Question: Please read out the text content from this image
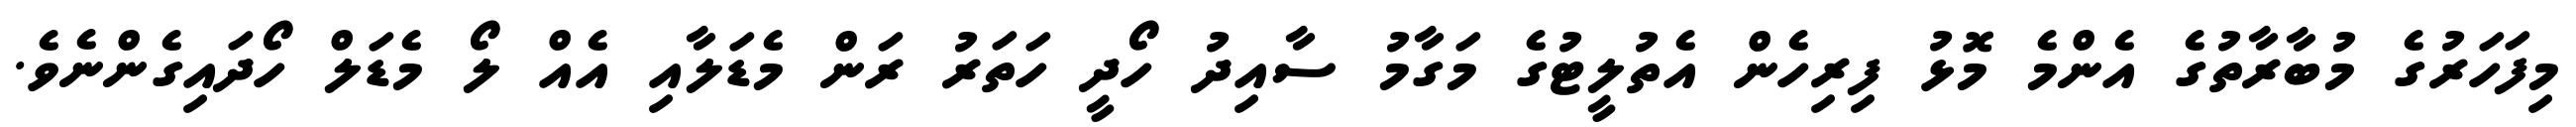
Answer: މިފަހަރުގެ މުބާރާތުގެ އެންމެ މޮޅު ފިރިހެން އެތުލީޓުގެ މަގާމު ސާއިދު ހޯދީ ހަތަރު ރަން މެޑަލާއި އެއް ލޯ މެޑަލް ހޯދައިގެންނެވެ.